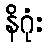
နိဂုံး